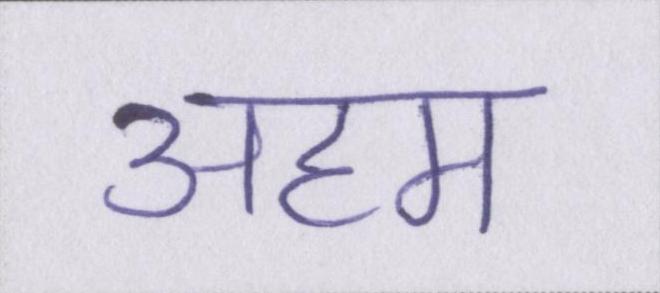
अहम